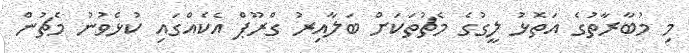
މި މުބާރާތުގެ އަތޮޅު ލީގުގެ މެޗުތަކަށް ބަލާއިރު ގްރޫޕް އެކެއްގައި ކުޅެވުނު މެޗުން